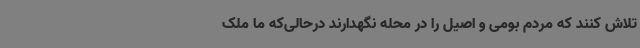
تلاش کنند که مردم بومی و اصیل را در محله نگهدارند درحالی‌که ما ملک